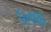
પતલા